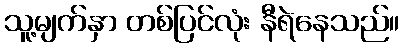
သူ့မျက်နှာ တစ်ပြင်လုံး နီရဲနေသည်။